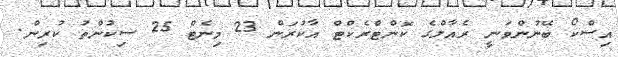
އިސްކޯ ބޭނުންވަނީ ރެއާލްގެ ކޮންޓްރެކްޓް އާކުރަން 23 މިނެޓް 25 ސިކުންތު ކުރިން.